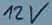
Text: 12V